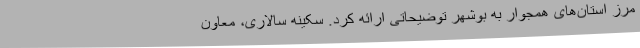
مرز استان‌های همجوار به بوشهر توضیحاتی ارائه کرد. سکینه سالاری، معاون